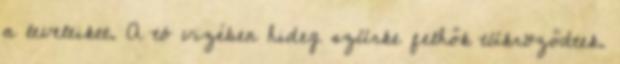
a leveleiket. A tó vizében hideg szürke felhők tükröződtek.